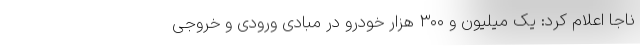
ناجا اعلام کرد: یک میلیون و ۳۰۰ هزار خودرو در مبادی ورودی و خروجی